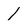
Character: 1